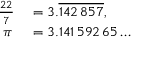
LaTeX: \begin{array} { r l } { { \frac { 2 2 } { 7 } } } & { { } = 3 . { \overline { { 1 4 2 \, 8 5 7 } } } , } \\ { \pi \, } & { { } = 3 . 1 4 1 \, 5 9 2 \, 6 5 \ldots } \end{array}